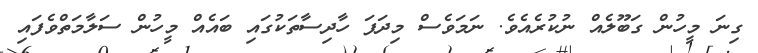
ގިނަ މީހުން ގަބޫލެއް ނުކުރެއެވެ. ނަމަވެސް މިދަފަ ހާދިސާތަކުގައި ބައެއް މީހުން ސަލާމަތްވެފައި